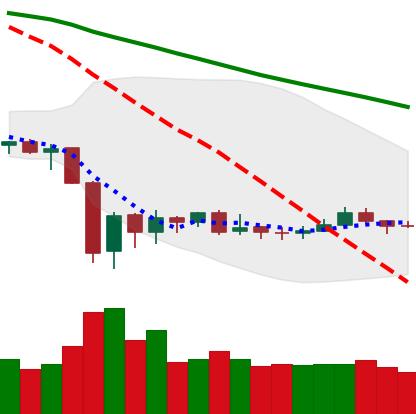
Ticker: XRP-USD
Chart end date: 2020-01-01
Forward return: 14.97%
Label: up_7plus